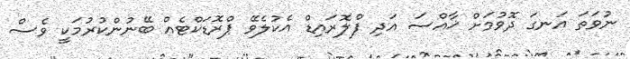
ނުވަތަ އަނގަ ދޮވުމަށް ޚާއްސަ އަދި ފްލޮރައިޑް އެކުލެވޭ ޕްރޮޑަކްޓެއް ބޭނުންކުރުމަކީ ވެސް